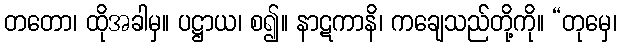
တတော၊ ထိုအခါမှ။ ပဋ္ဌာယ၊ စ၍။ နာဋကာနိ၊ ကချေသည်တို့ကို။ “တုမှေ၊